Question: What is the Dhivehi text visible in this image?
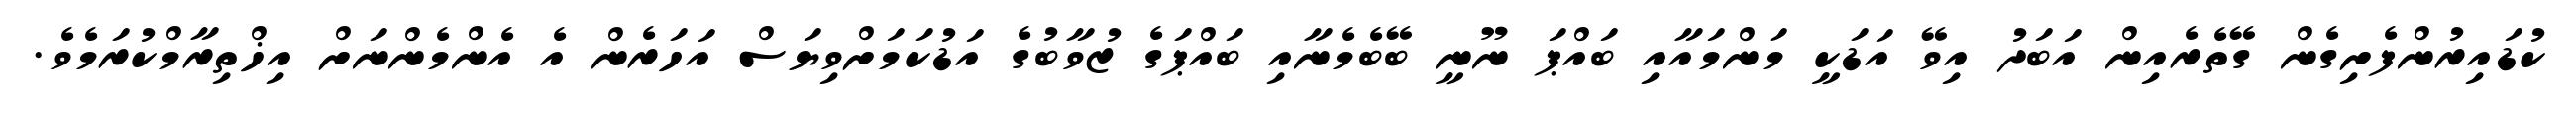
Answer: ކުޑައިރުންފެށިގެން ގޭތެރެއިން އަބަދު އިވޭ އަޑަކީ މަންމައާއި ބައްޕަ ނޫނީ ބޭބެމެނާއި ބައްޕަގެ ޒުވާބުގެ އަޑުކަމަށްވިޔަސް އަހަރެން އެ އެންމެންނަށް އިޚްތިރާމްކުރަމެވެ.